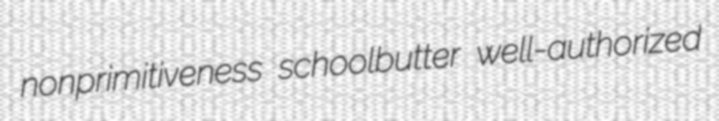
nonprimitiveness schoolbutter well-authorized